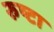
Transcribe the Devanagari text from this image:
रुष्टा